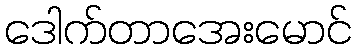
ဒေါက်တာအေးမောင်